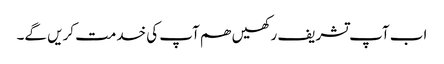
اب آپ تشریف رکھیں ھم آپ کی خدمت کریں گے۔